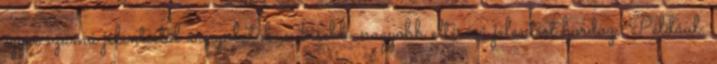
egyes számú jelentéstől árnyalatában kisebb-nagyobb eltérésű jelentést hordoz. Például: